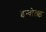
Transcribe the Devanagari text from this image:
इन्वोल्व्ड